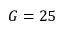
G = 2 5